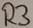
Text: R3